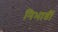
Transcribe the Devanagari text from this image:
निभातीं